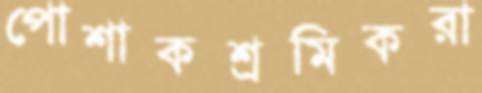
পোশাকশ্রমিকরা